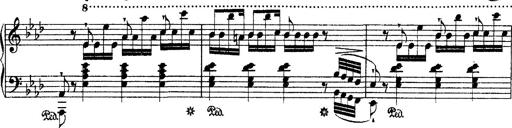
Title: Ã‰tudes d'exÃ©cution transcendante d'aprÃ¨s Paganini
Composer: Franz Liszt